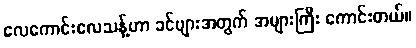
လေကောင်းလေသန့်ဟာ ခင်ဗျားအတွက် အများကြီး ကောင်းတယ်။